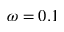
\omega = 0 . 1